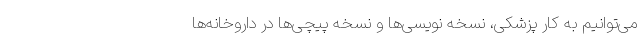
می‌توانیم به کار پزشکی، نسخه نویسی‌ها و نسخه پیچی‌ها در داروخانه‌ها